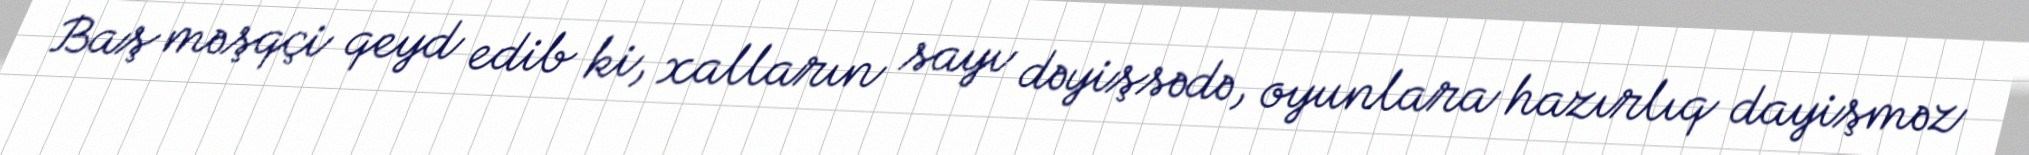
Baş məşqçi qeyd edib ki, xalların sayı dəyişsədə, oyunlara hazırlıq dayişməz